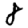
Digit: 8